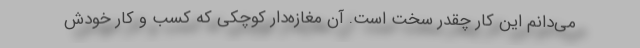
می‌دانم این کار چقدر سخت است. آن مغازه‌دار کوچکی که کسب و کار خودش